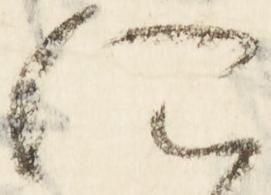
仁